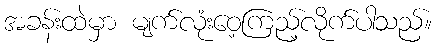
အခန်းထဲမှာ မျက်လုံးဝေ့ကြည့်လိုက်ပါသည်။